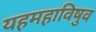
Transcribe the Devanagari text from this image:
यहमहाविषुव